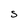
Character: S